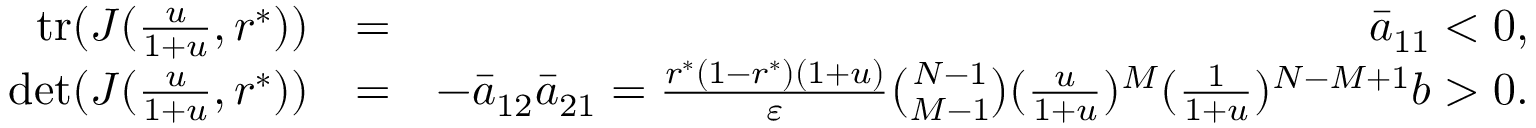
\begin{array} { r l r } { \mathrm { t r } ( J ( \frac { u } { 1 + u } , r ^ { * } ) ) } & { = } & { \bar { a } _ { 1 1 } < 0 , } \\ { \mathrm { d e t } ( J ( \frac { u } { 1 + u } , r ^ { * } ) ) } & { = } & { - \bar { a } _ { 1 2 } \bar { a } _ { 2 1 } = \frac { r ^ { * } ( 1 - r ^ { * } ) ( 1 + u ) } { \varepsilon } \binom { N - 1 } { M - 1 } ( \frac { u } { 1 + u } ) ^ { M } ( \frac { 1 } { 1 + u } ) ^ { N - M + 1 } b > 0 . } \end{array}